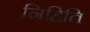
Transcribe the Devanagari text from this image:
निहिति